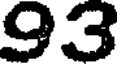
93